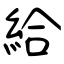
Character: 給